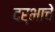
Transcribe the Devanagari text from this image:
दर्भाचे